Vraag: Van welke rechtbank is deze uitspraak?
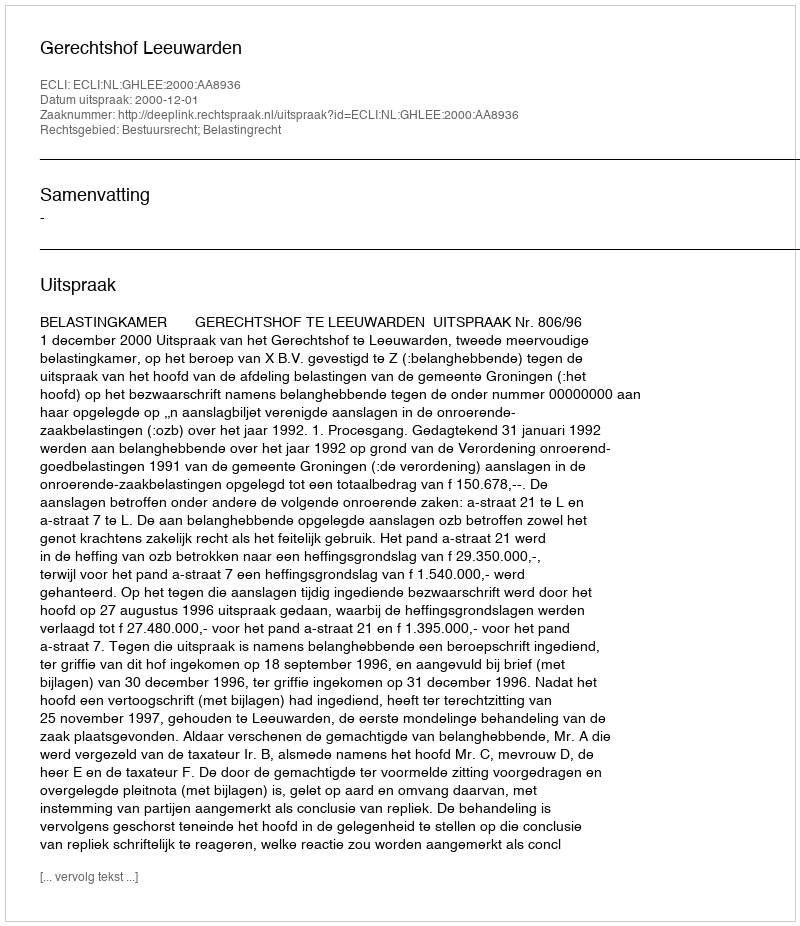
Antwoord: Gerechtshof Leeuwarden